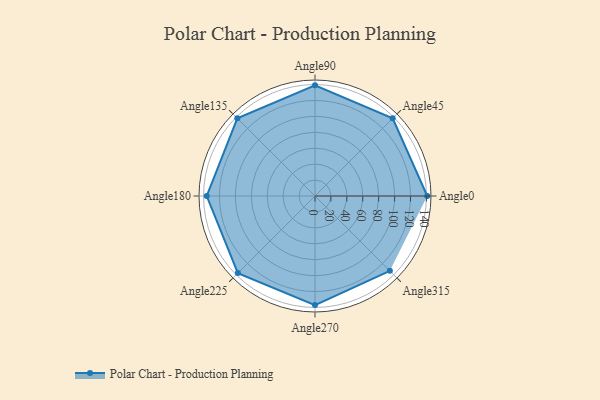
{"axis": {"x": "Angle", "y": "Radius"}, "legend": [""], "data": [{"x": "Angle0", "y": 141.0, "type": ""}, {"x": "Angle45", "y": 138.0, "type": ""}, {"x": "Angle90", "y": 139.0, "type": ""}, {"x": "Angle135", "y": 138.0, "type": ""}, {"x": "Angle180", "y": 136.0, "type": ""}, {"x": "Angle225", "y": 137.0, "type": ""}, {"x": "Angle270", "y": 137.0, "type": ""}, {"x": "Angle315", "y": 133.0, "type": ""}]}